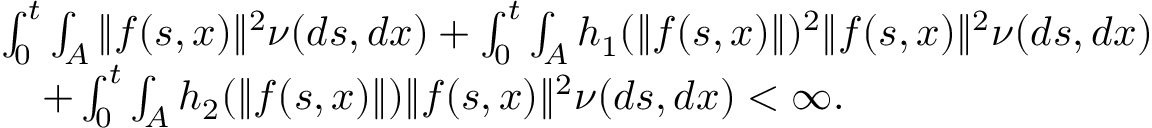
\begin{array} { r l } & { \int _ { 0 } ^ { t } \int _ { A } \| f ( s , x ) \| ^ { 2 } \nu ( d s , d x ) + \int _ { 0 } ^ { t } \int _ { A } h _ { 1 } ( \| f ( s , x ) \| ) ^ { 2 } \| f ( s , x ) \| ^ { 2 } \nu ( d s , d x ) } \\ & { \quad + \int _ { 0 } ^ { t } \int _ { A } h _ { 2 } ( \| f ( s , x ) \| ) \| f ( s , x ) \| ^ { 2 } \nu ( d s , d x ) < \infty . } \end{array}